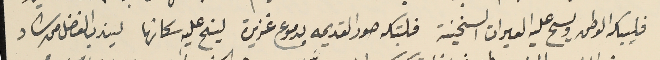
فليبكه الوطن ويسح عليه العيرات السخينة فلتبكه صور القديمه بدموع غزيرة لينح عليه سكانها ليندب الفضل من شاد